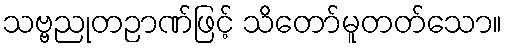
သဗ္ဗညုတဉာဏ်ဖြင့် သိတော်မူတတ်သော။